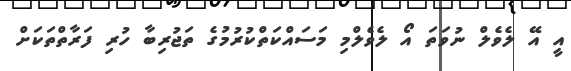
އީ އޭ ލެވެލް ނުވަތަ އޯ ލެވެލްމި މަސައްކަތްކުރުމުގެ ތަޖުރިބާ ހުރި ފަރާތްތަކަށް